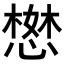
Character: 𢠖